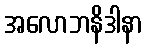
အလောဘနိဒါနာ